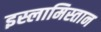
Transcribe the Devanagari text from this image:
इस्लामिस्तान